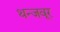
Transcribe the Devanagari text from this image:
थन्जवूर